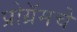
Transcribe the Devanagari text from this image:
प्रोग्रॅमचे